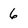
Character: 6